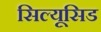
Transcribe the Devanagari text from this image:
सिल्यूसिड